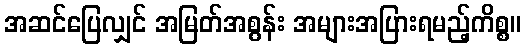
အဆင်ပြေလျှင် အမြတ်အစွန်း အများအပြားရမည့်ကိစ္စ။